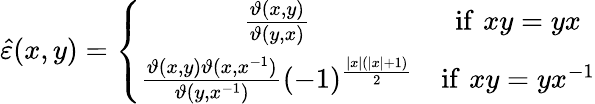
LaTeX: \hat{\varepsilon}(x,y)=\left\{ \begin{array}{cc}{{\frac{\vartheta(x,y)}{\vartheta(y,x)}}}&{{\mathrm{if}\, \, xy=yx}}\\ {{\frac{\vartheta(x,y)\vartheta(x,x^{-1})}{\vartheta(y,x^{-1})}(-1)^{\frac{\left|x\right|(\left|x\right|+1)}{2}}}}&{{\mathrm{if}\, \, xy=yx^{-1}}}\end{array}\right.